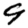
Digit: 9